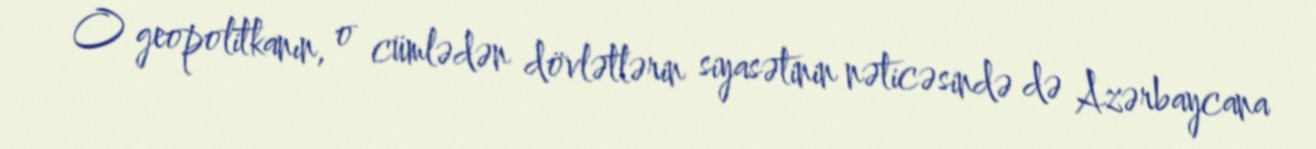
O geopolitkanın, o cümlədən dövlətlərin siyasətinin nəticəsində də Azərbaycana